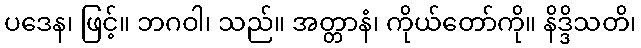
ပဒေန၊ ဖြင့်။ ဘဂဝါ၊ သည်။ အတ္တာနံ၊ ကိုယ်တော်ကို။ နိဒ္ဒိသတိ၊